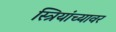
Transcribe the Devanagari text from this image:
स्त्रियांच्यावर